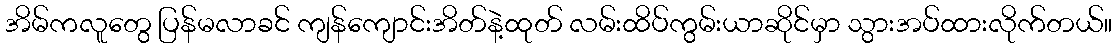
အိမ်ကလူတွေ ပြန်မလာခင် ကျန်ကျောင်းအိတ်နဲ့ထုတ် လမ်းထိပ်ကွမ်းယာဆိုင်မှာ သွားအပ်ထားလိုက်တယ်။